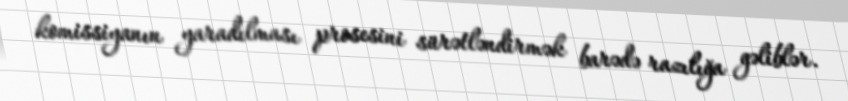
komissiyanın yaradılması prosesini sürətləndirmək barədə razılığa gəliblər.